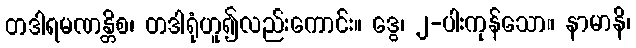
တဒါရမဏန္တိစ၊ တဒါရုံဟူ၍လည်းကောင်း။ ဒွေ၊ ၂-ပါးကုန်သော။ နာမာနိ၊